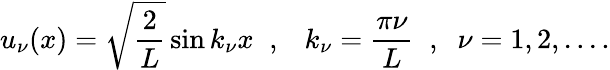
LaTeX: u_{\nu}(x)=\sqrt{\frac{2}{L}}\sin k_{\nu}x\; \; ,\; \; \ k_{\nu}=\frac{\pi\nu}{L}\; \; ,\; \; \nu=1,2,....